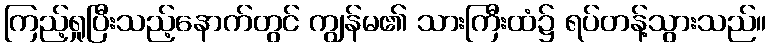
ကြည့်ရှုပြီးသည့်နောက်တွင် ကျွန်မ၏ သားကြီးထံ၌ ရပ်တန့်သွားသည်။